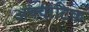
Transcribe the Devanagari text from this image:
अक्वाटिक